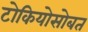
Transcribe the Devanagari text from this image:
टोकियोसोबत